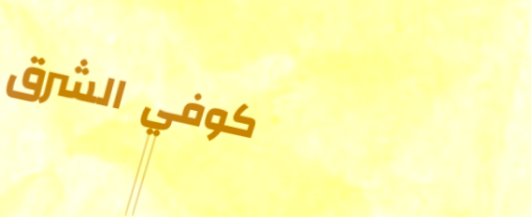
كوفي الشرق